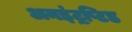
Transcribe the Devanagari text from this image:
अनइंट्रप्टि़ड